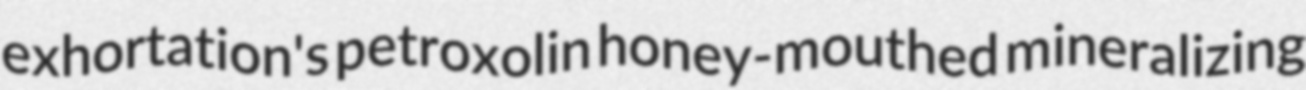
exhortation's petroxolin honey-mouthed mineralizing